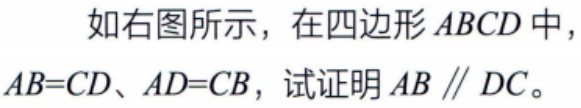
如右图所示，在四边形\(ABCD\)中，\(AB = CD\)、\(AD = CB\)，试证明\(AB\parallel DC\)。